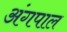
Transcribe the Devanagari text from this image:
अंगपाल